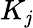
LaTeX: K_{\mathit{j}}